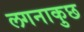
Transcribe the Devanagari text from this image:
लगनाकुछ